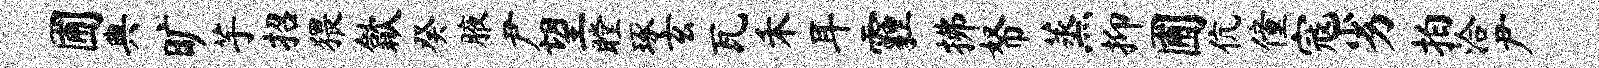
圃典旷芋招猥歙癸腋尹望瞠琢玄瓦禾耳霾拂帑蒸抑圃伉僮寇劣拍洽尹